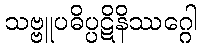
သဗ္ဗူပဓိပ္ပဋိနိဿဂ္ဂေါ